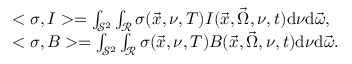
\begin{array} { r l } & { < \sigma , I > = \int _ { \mathcal { S } ^ { 2 } } \int _ { \mathcal { R } } \sigma ( \vec { x } , \nu , T ) I ( \vec { x } , \vec { \Omega } , \nu , t ) \mathrm { d } \nu \mathrm { d } \vec { \omega } , } \\ & { < \sigma , B > = \int _ { \mathcal { S } ^ { 2 } } \int _ { \mathcal { R } } \sigma ( \vec { x } , \nu , T ) B ( \vec { x } , \vec { \Omega } , \nu , t ) \mathrm { d } \nu \mathrm { d } \vec { \omega } . } \end{array}